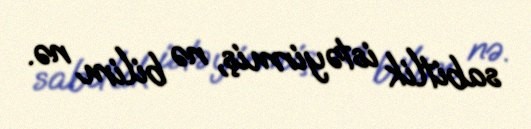
sabitlik istəyirmiş, nə bilim nə.